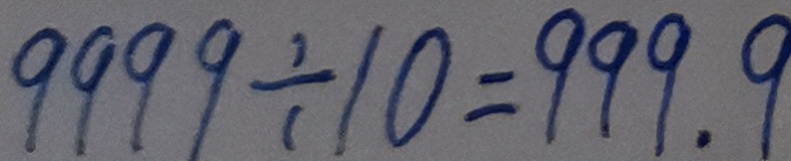
9 9 9 9 \div 1 0 = 9 9 9 . 9